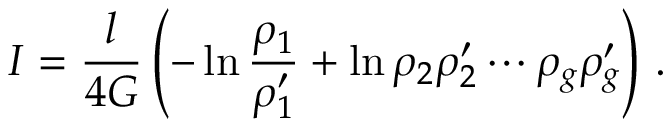
I = { \frac { l } { 4 G } } \left( - \ln { \frac { \rho _ { 1 } } { \rho _ { 1 } ^ { \prime } } } + \ln { \rho _ { 2 } \rho _ { 2 } ^ { \prime } \cdots \rho _ { g } \rho _ { g } ^ { \prime } } \right) \, .